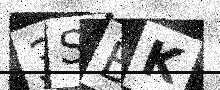
Text: 3SBK